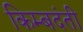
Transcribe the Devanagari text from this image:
किम्बदंती